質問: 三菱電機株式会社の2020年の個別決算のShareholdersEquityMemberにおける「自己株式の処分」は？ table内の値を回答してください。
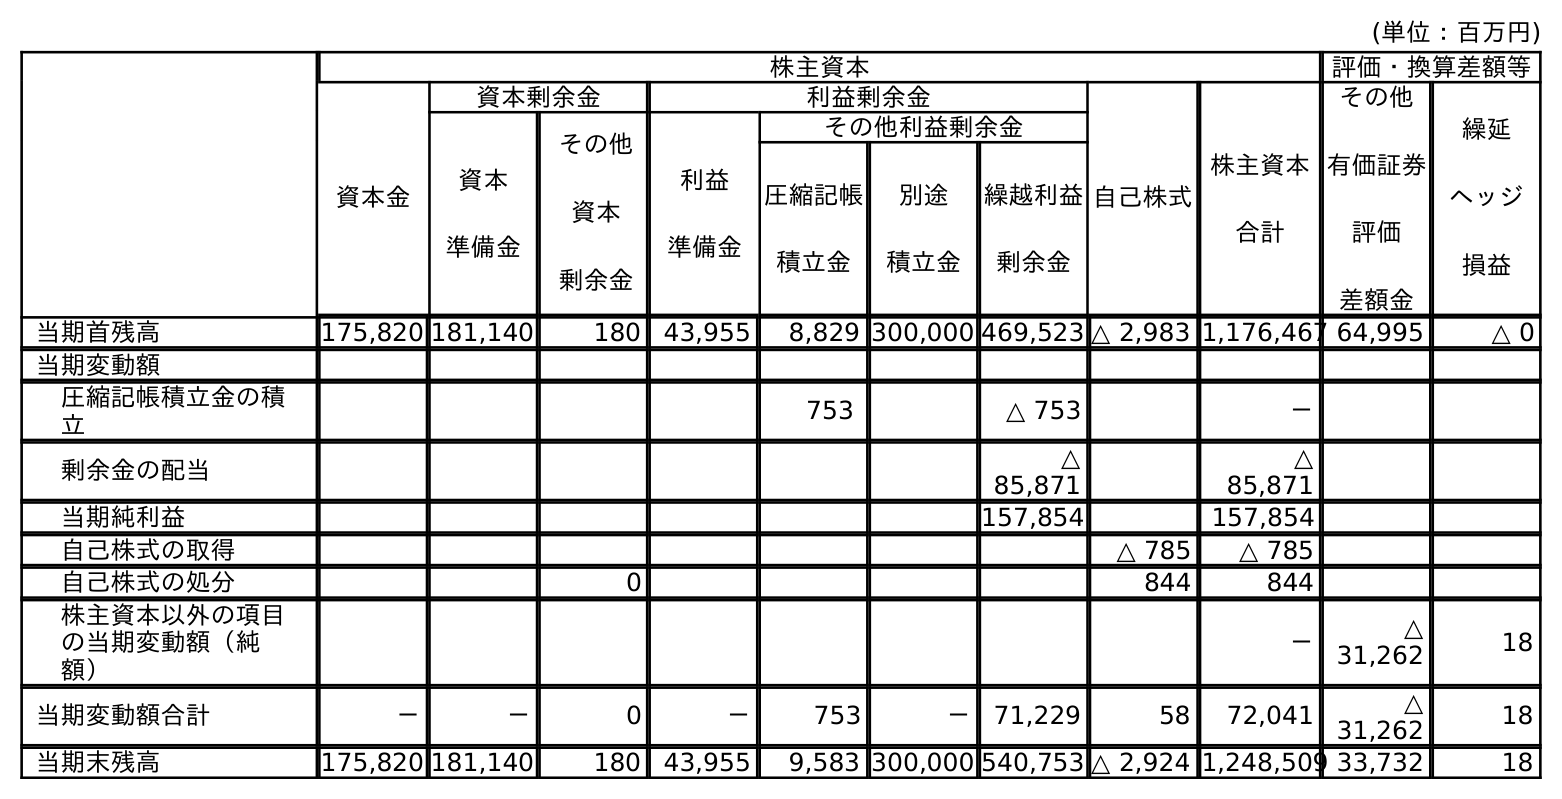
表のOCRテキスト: (単位：百万円) 株主資本 評価・換算差額等 資本金 資本剰余金 利益剰余金 自己株式 株主資本 合計 その他 有価証券 評価 差額金 繰延 ヘッジ 損益 資本 準備金 その他 資本 剰余金 利益 準備金 その他利益剰余金 圧縮記帳 積立金 別途 積立金 繰越利益 剰余金 当期首残高 175,820 181,140 180 43,955 8,829 300,000 469,523 △ 2,983 1,176,467 64,995 △ 0 当期変動額 圧縮記帳積立金の積 立 753 △ 753 － 剰余金の配当 △ 85,871 △ 85,871 当期純利益 157,854 157,854 自己株式の取得 △ 785 △ 785 自己株式の処分 0 844 844 株主資本以外の項目 の当期変動額（純 額） － △ 31,262 18 当期変動額合計 － － 0 － 753 － 71,229 58 72,041 △ 31,262 18 当期末残高 175,820 181,140 180 43,955 9,583 300,000 540,753 △ 2,924 1,248,509 33,732 18
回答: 844